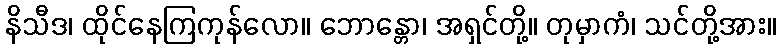
နိသီဒ၊ ထိုင်နေကြကုန်လော။ ဘောန္တော၊ အရှင်တို့။ တုမှာကံ၊ သင်တို့အား။